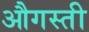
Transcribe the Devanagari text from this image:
औगस्ती